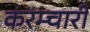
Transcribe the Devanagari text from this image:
करम्चारी